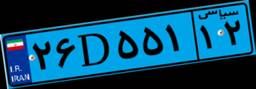
۲۶D۵۵۱۱۲